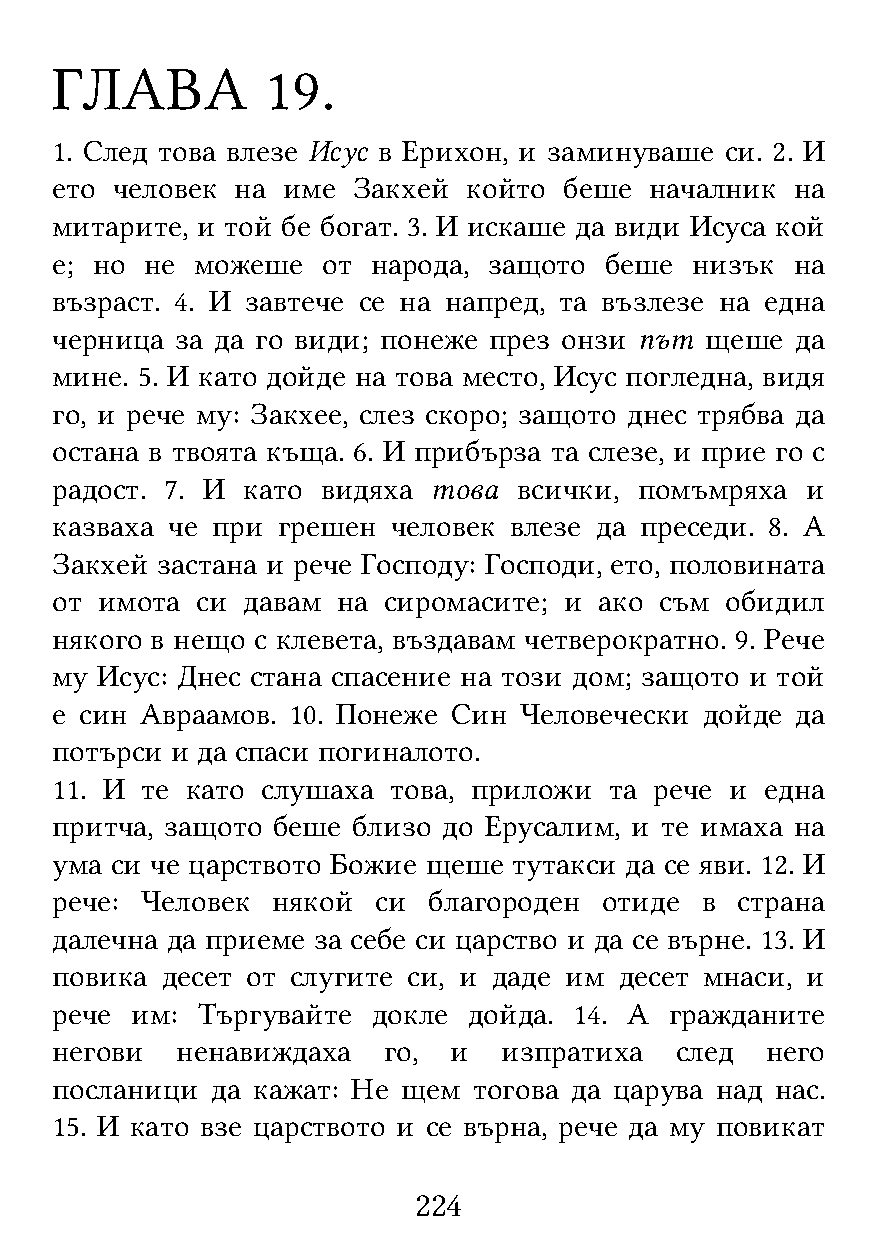
ГЛАВА          19.
 1. След това влезе Исус в Ерихон, и заминуваше си. 2. И
 ето человек  на име Закхей  който беше  началник  на
 митарите, и той бе богат. 3. И искаше да види Исуса кой
 е; но  не можеше  от  народа, защото беше  низък  на
 възраст. 4. И завтече се на напред, та възлезе на една
 черница  за да го види; понеже през онзи път щеше да
 мине. 5. И като дойде на това место, Исус погледна, видя
 го, и рече му: Закхее, слез скоро; защото днес трябва да
 остана в твоята къща. 6. И прибърза та слезе, и прие го с
 радост. 7. И като видяха това  всички, помъмряха  и
 казваха че при грешен  человек влезе да преседи. 8. А
 Закхей застана и рече Господу: Господи, ето, половината
 от имота  си давам на сиромасите; и  ако съм обидил
 някого в нещо с клевета, въздавам четверократно. 9. Рече
 му Исус: Днес стана спасение на този дом; защото и той
 е син Авраамов. 10. Понеже Син Человечески  дойде да
 потърси и да спаси погиналото.
 11. И те като слушаха  това, приложи та рече и  една
 притча, защото беше близо до Ерусалим, и те имаха на
 ума си че царството Божие щеше тутакси да се яви. 12. И
 рече: Человек  някой  си благороден  отиде в  страна
 далечна да приеме за себе си царство и да се върне. 13. И
 повика  десет от слугите си, и даде им десет мнаси, и
 рече  им: Търгувайте  докле дойда. 14. А гражданите
 негови   ненавиждаха  го,  и  изпратиха   след  него
 посланици  да кажат: Не щем тогова да царува над нас.
 15. И като взе царството и се върна, рече да му повикат
 224